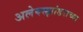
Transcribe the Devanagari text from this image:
अलेक्स्झांडराच्या